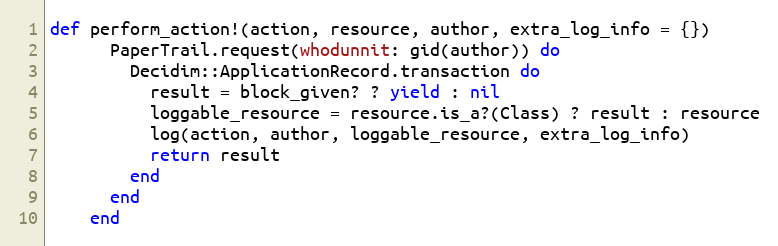
Language: Ruby
def perform_action!(action, resource, author, extra_log_info = {})
      PaperTrail.request(whodunnit: gid(author)) do
        Decidim::ApplicationRecord.transaction do
          result = block_given? ? yield : nil
          loggable_resource = resource.is_a?(Class) ? result : resource
          log(action, author, loggable_resource, extra_log_info)
          return result
        end
      end
    end